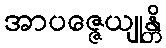
အာပဇ္ဇေယျုန္တိ